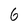
Character: 6